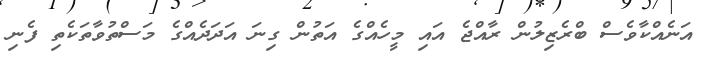
އަނެއްކާވެސް ބްރެޒިލުން ރާއްޖެ އައި މީހެއްގެ އަތުން ގިނަ އަދަދެއްގެ މަސްތުވާތަކެތި ފެނި